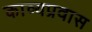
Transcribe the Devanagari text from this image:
काव्यप्रवास